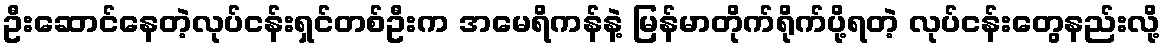
ဦးဆောင်နေတဲ့လုပ်ငန်းရှင်တစ်ဦးက အမေရိကန်နဲ့ မြန်မာတိုက်ရိုက်ပို့ရတဲ့ လုပ်ငန်းတွေနည်းလို့